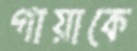
গায়াকে